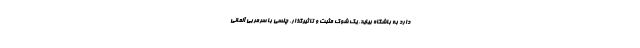
دارد به باشگاه بیاید. یک شوک مثبت و تاثیرگذار. چلسی با سرمربی آلمانی